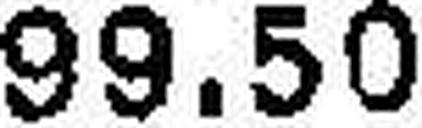
99.50